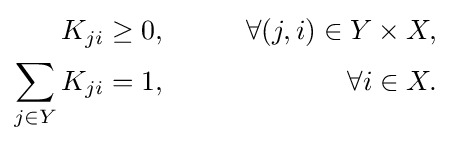
{\begin{aligned}K_{ji}&\geq 0,\qquad &\forall (j,i)\in Y\times X,\\\sum _{j\in Y}K_{ji}&=1,\qquad &\forall i\in X.\\\end{aligned}}